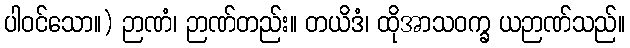
ပါဝင်သော။) ဉာဏံ၊ ဉာဏ်တည်း။ တယိဒံ၊ ထိုအာသဝက္ခ ယဉာဏ်သည်။